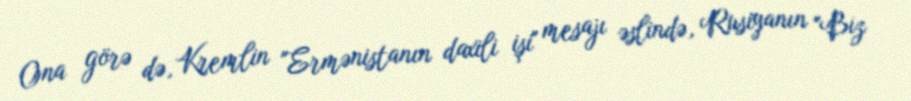
Ona görə də, Kremlin "Ermənistanın daxili işi" mesajı əslində, Rusiyanın "Biz